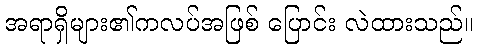
အရာရှိများ၏ကလပ်အဖြစ် ပြောင်း လဲထားသည်။